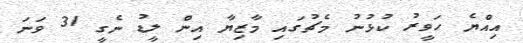
އިއްޔެ ހަވީރު ކުޅުނު މެޗުގައި މާޒިޔާ އިން ލީޑު ނެގީ 31 ވަނަ